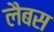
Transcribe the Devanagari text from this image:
लैबस